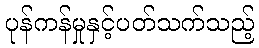
ပုန်ကန်မှုနှင့်ပတ်သက်သည့်